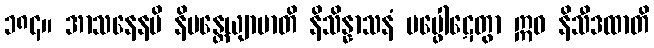
၁၈၄။ အာသနေနပိ နိမန္တေယျာမာတိ နိသိန္နာသနံ ပပ္ဖေါဋေတွာ ဣဓ နိသီဒထာတိ